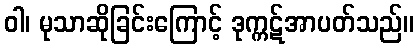
ဝါ၊ မုသာဆိုခြင်းကြောင့် ဒုက္ကဋ်အာပတ်သည်။